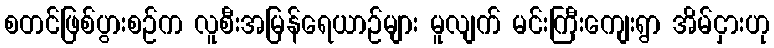
စတင်ဖြစ်ပွားစဉ်က လူစီးအမြန်ရေယာဉ်များ မူလျက် မင်းကြီးကျေးရွာ အိမ်ငှားဟု